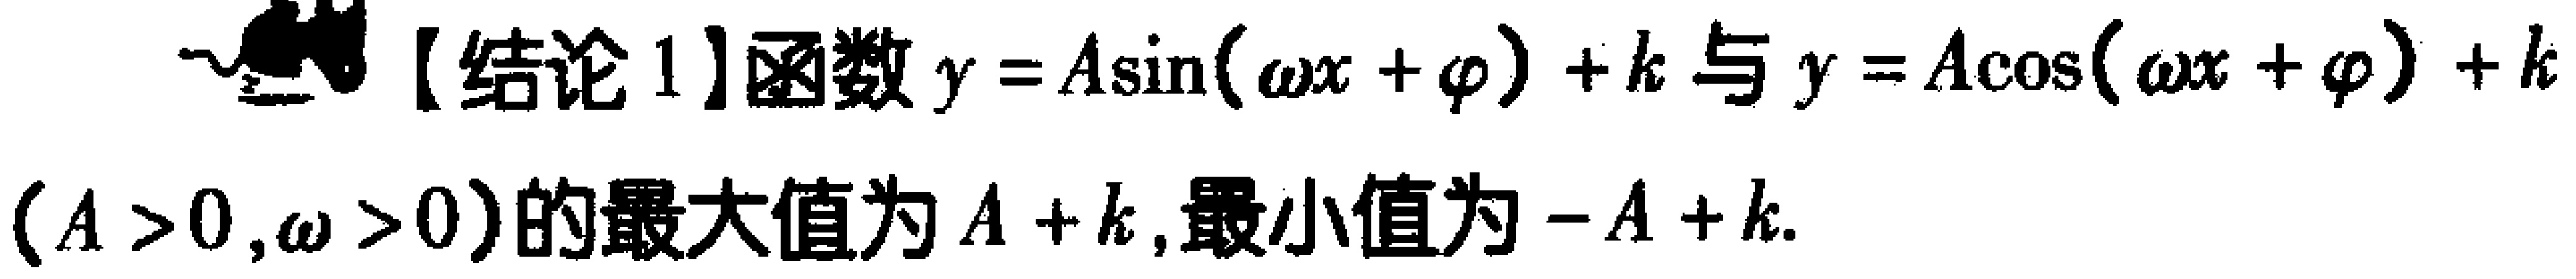
【结论1】函数\(y = A\sin(\omega x+\varphi)+k\)与\(y = A\cos(\omega x+\varphi)+k\) \((A > 0,\omega > 0)\)的最大值为\(A + k\),最小值为\(-A + k\).